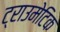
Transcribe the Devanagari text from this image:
ट्राउमेटिक